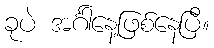
ခုပဲ အင်္ဂါနေ့ဖြစ်နေပြီ။